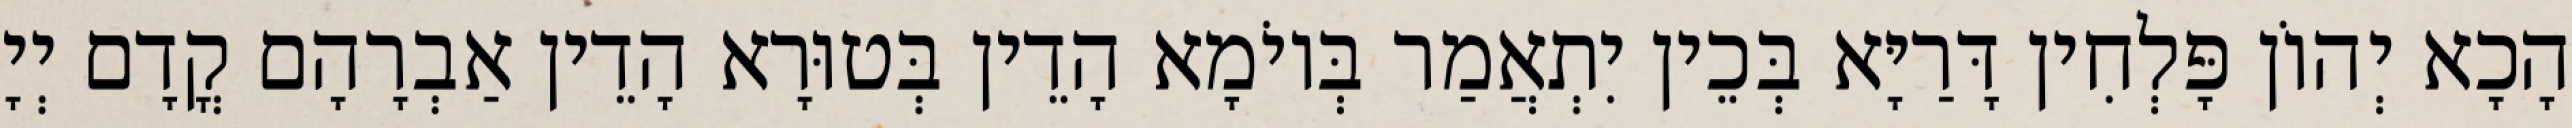
הָכָא יְהוֹן פָּלְחִין דָּרַיָּא בְּכֵין יִתְאֲמַר בְּיוֹמָא הָדֵין בְּטוּרָא הָדֵין אַבְרָהָם קֳדָם יְיָ